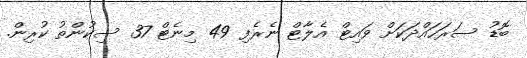
ބޮޑު ސަރަހައްދަކަށް ވައިޓް އެލާޓް ނެރެފި 49 މިނެޓް 37 ސިކުންތު ކުރިން.